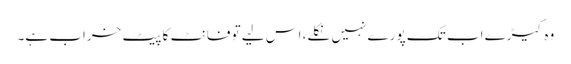
وہ کیڑے اب تک پورے نہیں نکلے، اس لیے تو فانٹ کا پیٹ خراب ہے۔